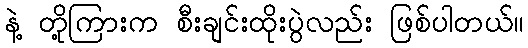
နဲ့ တို့ကြားက စီးချင်းထိုးပွဲလည်း ဖြစ်ပါတယ်။